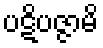
ပဋိပဇ္ဇာမိ